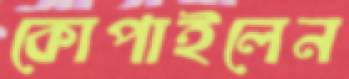
কোপাইলেন